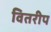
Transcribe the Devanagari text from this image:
वितरीप